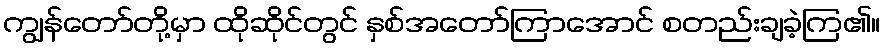
ကျွန်တော်တို့မှာ ထိုဆိုင်တွင် နှစ်အတော်ကြာအောင် စတည်းချခဲ့ကြ၏။